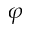
\varphi